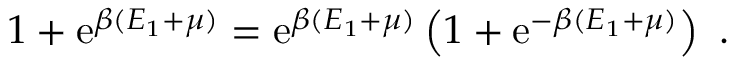
1 + \mathrm { e } ^ { \beta ( E _ { 1 } + \mu ) } = \mathrm { e } ^ { \beta ( E _ { 1 } + \mu ) } \left( 1 + \mathrm { e } ^ { - \beta ( E _ { 1 } + \mu ) } \right) \ .